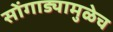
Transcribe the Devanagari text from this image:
सोंगाड्यामुळेच